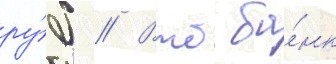
ру́б // Втб ба́нк